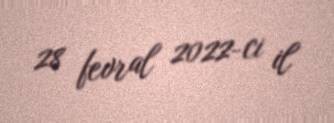
28 fevral 2022-ci il